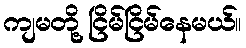
ကျမတို့ ငြိမ်ငြိမ်နေမယ်။